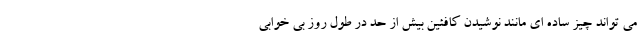
می تواند چیز ساده ای مانند نوشیدن کافئین بیش از حد در طول روز بی خوابی